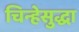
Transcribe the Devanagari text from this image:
चिन्हेसुद्धा